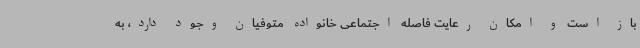
باز است و امکان رعایت فاصله اجتماعی خانواده متوفیان وجود دارد، به